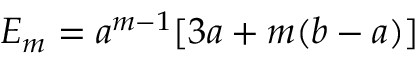
{ \cal E } _ { m } = a ^ { m - 1 } [ 3 a + m ( b - a ) ]